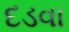
દડવા